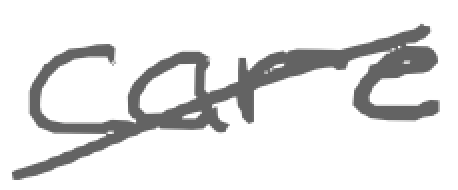
Text: care
Cross-out: diagonal
Writing tool: digital_gray